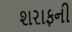
શરાફની